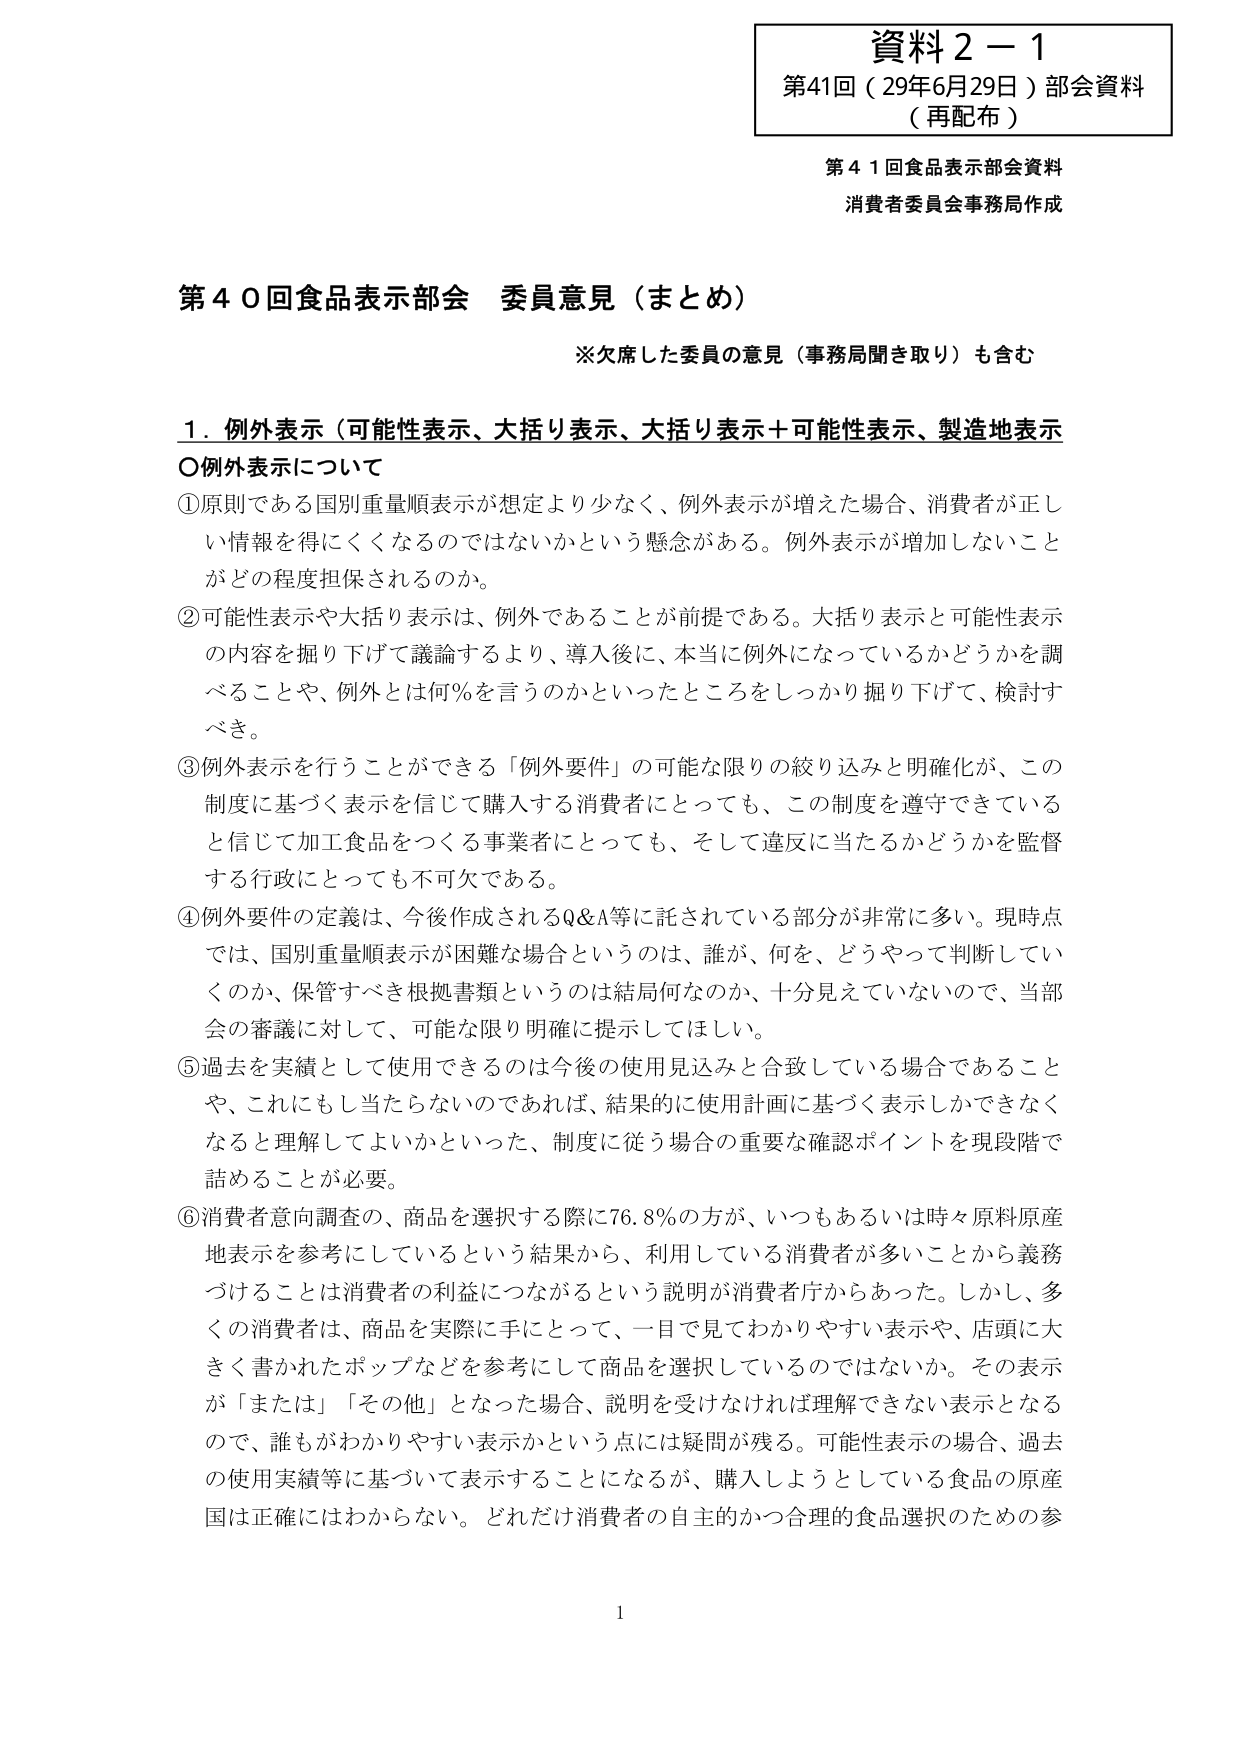
資料２－１
第41回（29年6月29日）部会資料
（再配布）

第41回食品表示部会資料
消費者委員会事務局作成

第40回食品表示部会 委員意見（まとめ）
※欠席した委員の意見（事務局聞き取り）も含む

1．例外表示（可能性表示、大括り表示、大括り表示＋可能性表示、製造地表示）
〇例外表示について

①原則である国別重量順表示が想定より少なく、例外表示が増えた場合、消費者が正しい情報を得にくくなるのではないかという懸念がある。例外表示が増加しないことがどの程度担保されるのか。

②可能性表示や大括り表示は、例外であることが前提である。大括り表示と可能性表示の内容を掘り下げて議論するより、導入後に、本当に例外になっているかどうかを調べることや、例外とは何％を言うのかといったところをしっかり掘り下げて、検討すべき。

③例外表示を行うことができる「例外要件」の可能な限りの絞り込みと明確化が、この制度に基づく表示を信じて購入する消費者にとっても、この制度を遵守できていると信じて加工食品をつくる事業者にとっても、そして違反に当たるかどうかを監督する行政にとっても不可欠である。

④例外要件の定義は、今後作成されるQ&A等に託されている部分が非常に多い。現時点では、国別重量順表示が困難な場合というのは、誰が、何を、どうやって判断しているのか、保管すべき根拠書類というのは結局何なのか、十分見えていないので、当部会の審議に対して、可能な限り明確に提示してほしい。

⑤過去を実績として使用できるのは今後の使用見込みと合致している場合であることや、これにもし当たらなければ、結果的に使用計画に基づく表示しかできなくなると理解してよいかといった、制度に従う場合の重要な確認ポイントを現段階で詰めることが必要。

⑥消費者意向調査の、商品を選択する際に76.8％の方が、いつもあるいは時々原料原産地表示を参考にしているという結果から、利用している消費者が多いことから義務づけることは消費者の利益につながるという説明が消費者庁からあった。しかし、多くの消費者は、商品を実際に手にとって、一目で見てわかりやすい表示や、店頭に大きく書かれたポップなどを参考にして商品を選択しているのではないか。その表示が「または」「その他」となった場合、説明を受けなければ理解できない表示となるので、誰もがわかりやすい表示かという点には疑問が残る。可能性表示の場合、過去の使用実績等に基づいて表示することになるが、購入しようとしている食品の原産国は正確にはわからない。どれだけ消費者の自主的かつ合理的食品選択のための参

1